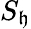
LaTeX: S_{\mathfrak{h}}